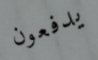
يدفعون